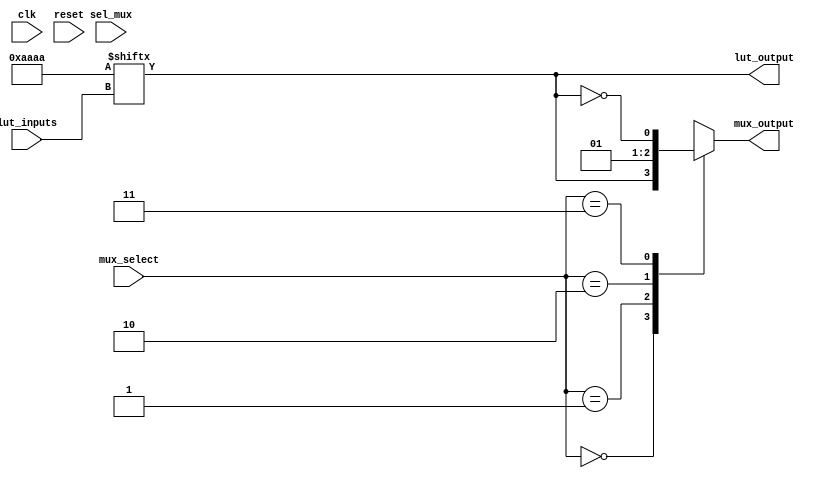
module CLB (
    input wire [3:0] lut_inputs,   // 4-bit input for LUT
    input wire sel_mux,             // Select signal for MUX
    input wire clk,                 // Clock signal (for flip-flop)
    input wire reset,               // Reset signal
    input wire [1:0] mux_select,    // Select signal for output from LUTs
    output reg lut_output,          // Output from LUT
    output reg mux_output           // MUX output
);

// Configuration memory for LUT (4-input LUT)
reg [15:0] lut_memory = 16'b1010101010101010; // Example configuration

// LUT Logic
always @(*) begin
    lut_output = lut_memory[lut_inputs]; // Evaluate LUT output based on inputs
end

// MUX Logic
always @(*) begin
    case(mux_select)
        2'b00: mux_output = lut_output;  // Output from LUT
        2'b01: mux_output = 1'b0;         // Alternate input (example)
        2'b10: mux_output = 1'b1;         // Alternate input (example)
        2'b11: mux_output = ~lut_output;  // Inverted LUT output
        default: mux_output = 1'b0;       // Default case
    endcase
end

// Optional Flip-Flop (for use if needed)
reg ff_output; // Flip-flop output
always @(posedge clk or posedge reset) begin
    if (reset) begin
        ff_output <= 1'b0; // Reset the FF output
    end else begin
        ff_output <= mux_output; // Store MUX output
    end
end

endmodule